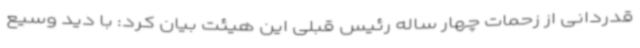
قدردانی از زحمات چهار ساله رئیس قبلی این هیئت بیان کرد: با دید وسیع